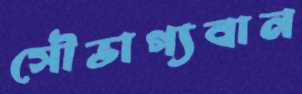
সৌভাগ্যবান